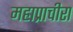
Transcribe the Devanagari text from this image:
महाप्राचीरा